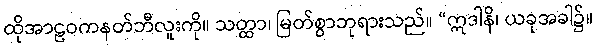
ထိုအာဠဝကနတ်ဘီလူးကို။ သတ္ထာ၊ မြတ်စွာဘုရားသည်။ “ဣဒါနိ၊ ယခုအခါ၌။